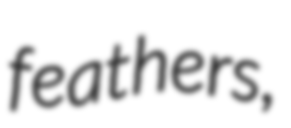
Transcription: feathers,